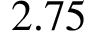
2 . 7 5